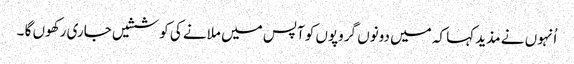
اُنہوں نے مذید کہا کہ میں دونوں گروپوں کو آپس میں ملانے کی کوششیں جاری رکھوں گا ۔